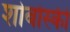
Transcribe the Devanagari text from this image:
शोबोस्की